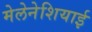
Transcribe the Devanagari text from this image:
मेलेनेशियाई